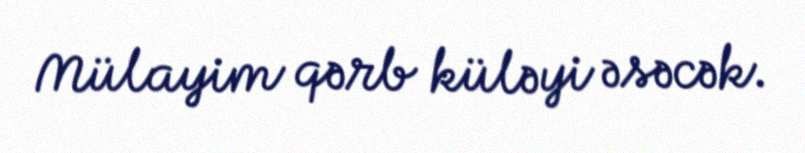
Mülayim qərb küləyi əsəcək.